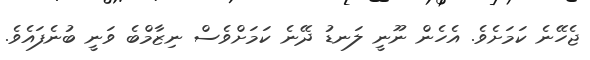
ޖެހޭނެ ކަމަށެވެ. އެހެން ނޫނީ ލަނޑު ދޭނެ ކަމަށްވެސް ނިޒާމްބެ ވަނީ ބުނެފައެވެ.